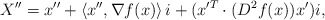
\begin{align*}X'' = x'' + \left<x'',\nabla f(x)\right>i + ( x'^T\cdot (D^2 f(x)) x')i, \end{align*}